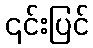
၎င်းပြင်